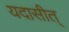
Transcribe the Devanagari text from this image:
यदासीत्